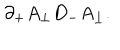
\partial _ { + } A _ { \perp } D _ { - } A _ { \perp } .